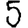
Digit: 5